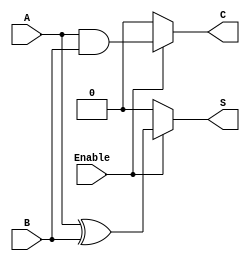
module conditional_half_adder (
    input wire A,        // First input bit
    input wire B,        // Second input bit
    input wire Enable,   // Control signal
    output wire S,       // Sum output
    output wire C        // Carry output
);

    // Internal signals for sum and carry
    wire sum_internal;
    wire carry_internal;

    // Compute sum and carry when Enable is high
    assign sum_internal = A ^ B;  // XOR for sum
    assign carry_internal = A & B; // AND for carry

    // Conditional outputs based on Enable signal
    assign S = Enable ? sum_internal : 1'b0; // If Enable is 1, output sum; else 0
    assign C = Enable ? carry_internal : 1'b0; // If Enable is 1, output carry; else 0

endmodule